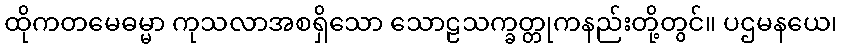
ထိုကတမေဓမ္မာ ကုသလာအစရှိသော သောဠသက္ခတ္တုကနည်းတို့တွင်။ ပဌမနယေ၊